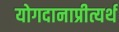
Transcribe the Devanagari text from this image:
योगदानाप्रीत्यर्थ